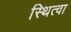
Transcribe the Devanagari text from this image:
स्थित्वा